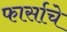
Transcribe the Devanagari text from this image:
फार्साचे